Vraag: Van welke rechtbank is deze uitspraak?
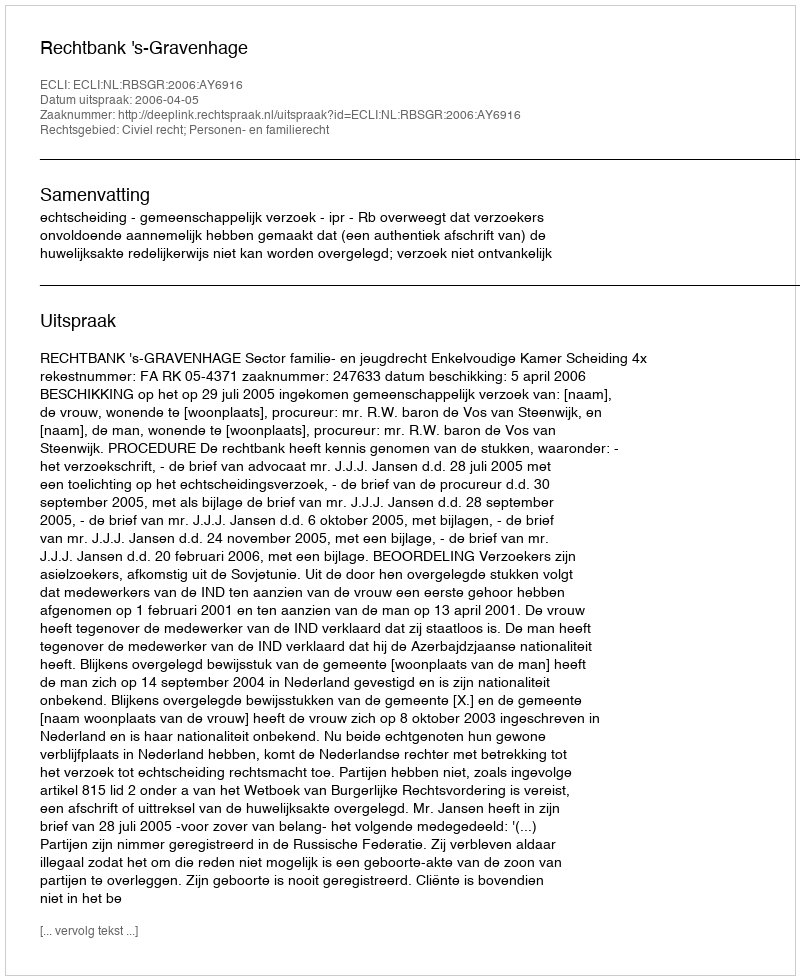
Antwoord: Rechtbank 's-Gravenhage